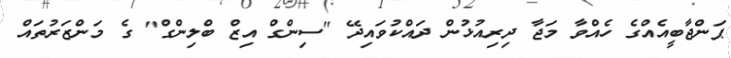
ޕަންޖާބީއެއްގެ ހެއްވާ މަޖާ ދިރިއުޅުން ދައްކުވައިދޭ "ސިންގް އިޒް ބްލިންގް" ގެ މަންޒަރުތައް